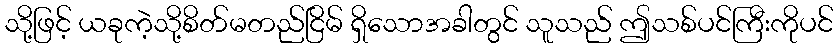
သို့ဖြင့် ယခုကဲ့သို့စိတ်မတည်ငြိမ် ရှိသောအခါတွင် သူသည် ဤသစ်ပင်ကြီးကိုပင်